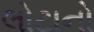
લોટાનો